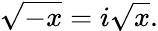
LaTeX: {\sqrt{-x}}=i{\sqrt{x}}.